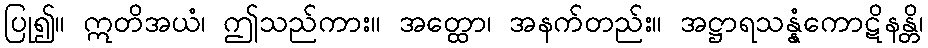
ပြု၍။ ဣတိအယံ၊ ဤသည်ကား။ အတ္ထော၊ အနက်တည်း။ အဋ္ဌာရသန္နံကောဋိနန္တိ၊